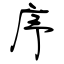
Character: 序